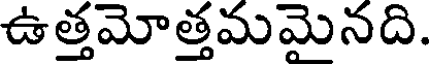
ఉత్తమోత్తమమెనది.